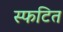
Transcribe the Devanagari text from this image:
स्फटित